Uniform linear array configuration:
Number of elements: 24
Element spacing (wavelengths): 1
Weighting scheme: binomial
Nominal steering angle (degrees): -45
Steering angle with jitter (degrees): -43.263
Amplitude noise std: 0.05
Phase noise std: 0.05

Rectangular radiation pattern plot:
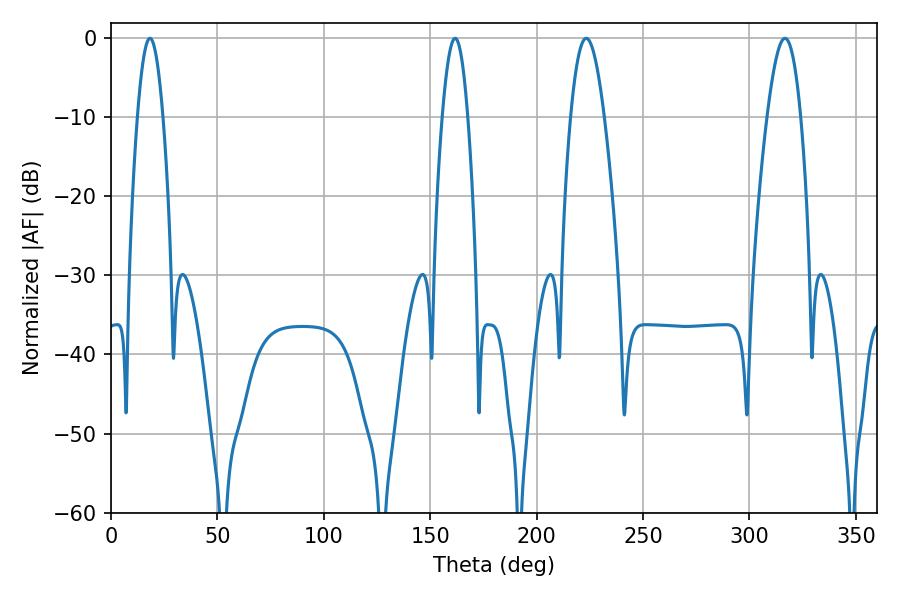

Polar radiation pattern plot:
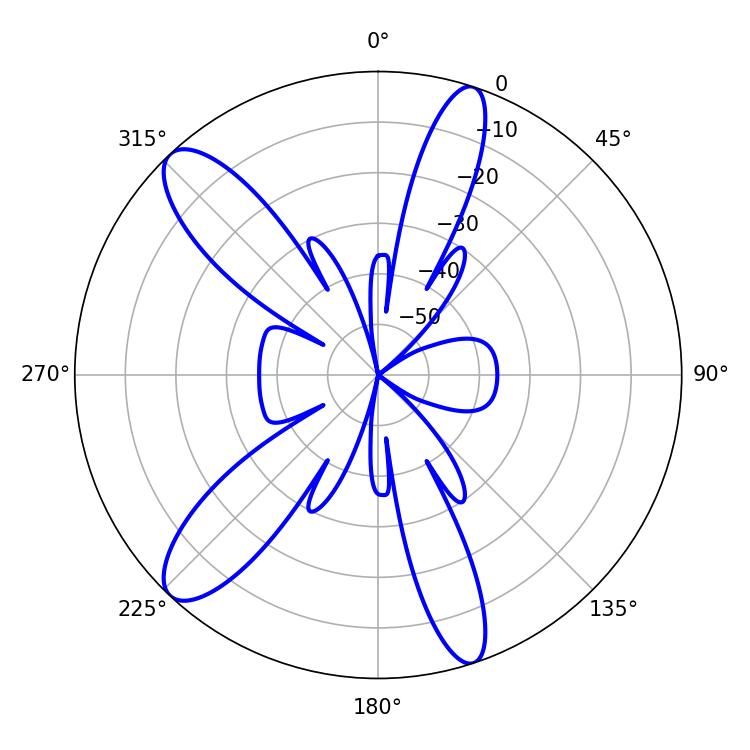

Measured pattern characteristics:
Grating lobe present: TRUE
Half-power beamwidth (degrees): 8.46
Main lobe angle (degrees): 223.38